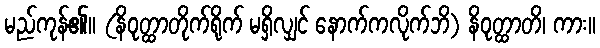
မည်ကုန်၏။ (နိဝုတ္ထာတိုက်ရိုက် မရှိလျှင် နောက်ကလိုက်ဘိ) နိဝုတ္ထာတိ၊ ကား။